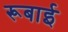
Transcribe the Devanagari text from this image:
रूबाई